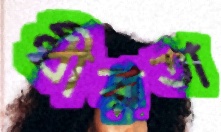
ধীরতা